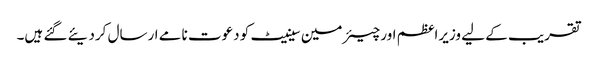
تقریب کے لیے وزیراعظم اور چیئرمین سینیٹ کو دعوت نامے ارسال کردیئے گئے ہیں۔